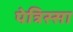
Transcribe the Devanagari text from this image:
पेत्रिस्सा